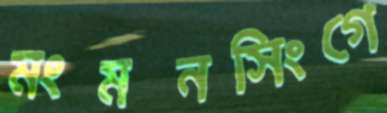
মংমনসিংগে